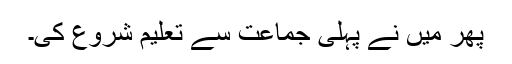
پھر میں نے پہلی جماعت سے تعلیم شروع کی۔